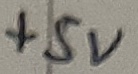
Text: +5V